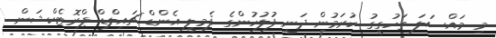
މި މައްސަލަ ތަހުގީގު ކުރަމުން ދަނީ ފުލުހުންގެ ފެމިލީ އެންޑް ޗައިލްޑް ޕްރޮޓެކްޝަން